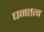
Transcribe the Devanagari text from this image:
घनतत्व